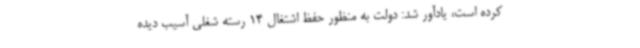
کرده است، یادآور شد: دولت به منظور حفظ اشتغال 14 رسته شغلی آسیب دیده